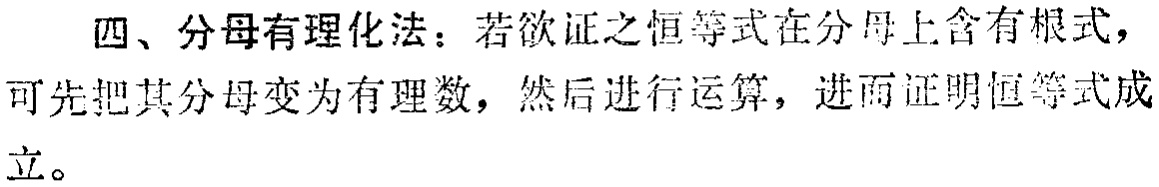
四、分母有理化法：若欲证之恒等式在分母上含有根式，可先把其分母变为有理数，然后进行运算，进而证明恒等式成立。